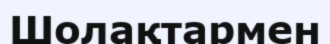
Шолақтармен